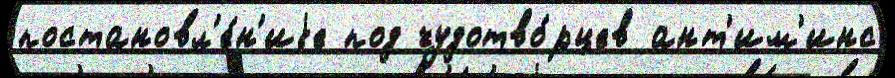
постановл'е́н'иjе под чудотво́рцев ант'им'инс